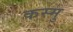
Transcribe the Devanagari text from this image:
कस्मु